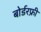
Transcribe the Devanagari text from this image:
बोर्डरफ्री